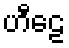
ဟီဠေ